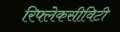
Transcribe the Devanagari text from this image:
रिफ्लेकसीविटी